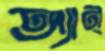
অ্যান্